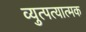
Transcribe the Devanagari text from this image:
व्युत्पत्यात्मक